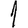
Digit: 1